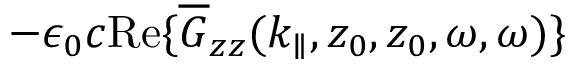
- \epsilon _ { 0 } c \mathrm { R e } \{ \overline { G } _ { z z } ( k _ { \parallel } , z _ { 0 } , z _ { 0 } , \omega , \omega ) \}